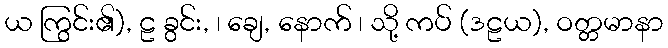
ယ ကြွင်း၏), ဠ ခွင်း, ၊ ချေ, နောက် ၊ သို့ ကပ် (ဒဠယ), ဝတ္တမာနာ